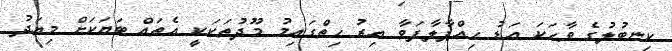
ކިނބުލުގެ ވާހަކަ އަޑު ހިއްޕާލާފަވާ އިރު ހިތްގައިމު މޫދުތަކަކީ އެތައް ބަޔަކަށް މިއަދު